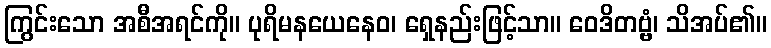
ကြွင်းသော အစီအရင်ကို။ ပုရိမနယေနေဝ၊ ရှေနည်းဖြင့်သာ။ ဝေဒိတဗ္ဗံ၊ သိအပ်၏။